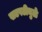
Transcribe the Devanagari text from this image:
खटपटीमुळे